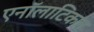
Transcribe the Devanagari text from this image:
एनॉलाटिकल